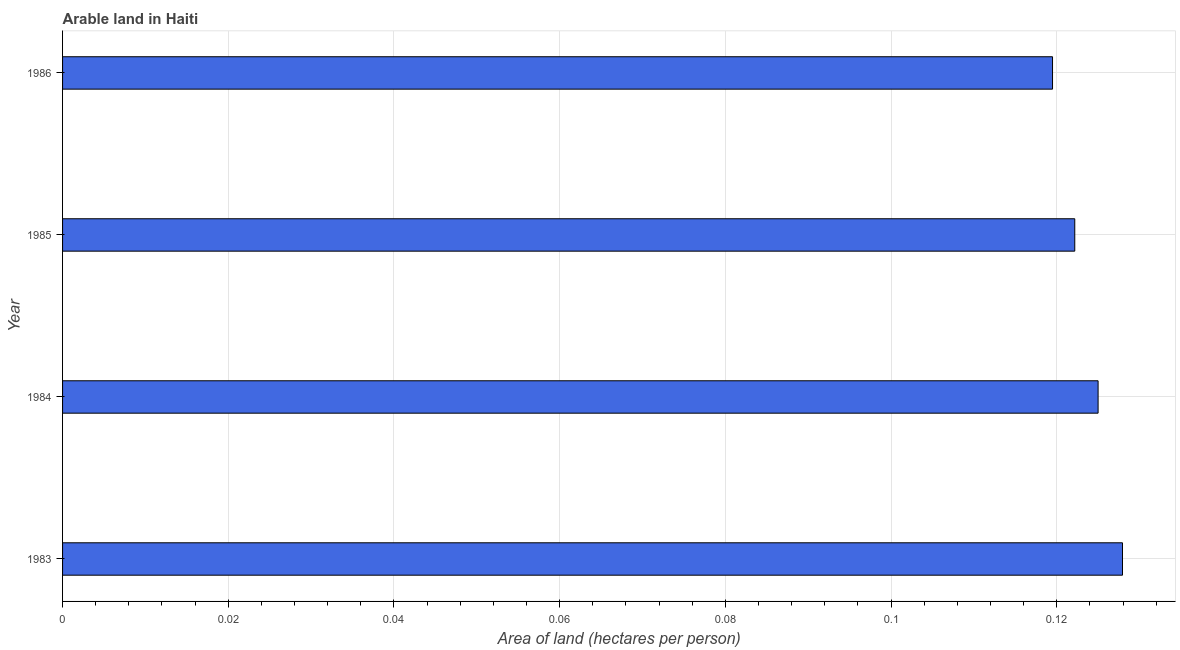
| Year | Arable land |
 | --- | --- |
 | 1983 | 0.128 |
 | 1984 | 0.125 |
 | 1985 | 0.122 |
 | 1986 | 0.119 |